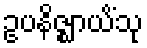
ဥပနိဇ္ဈာယိံသု